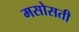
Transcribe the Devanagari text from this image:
मसोसती